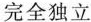
完全独立